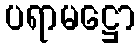
ပရာမဋ္ဌော